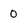
Character: O